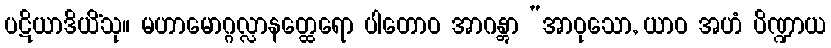
ပဋိယာဒိယိံသု။ မဟာမောဂ္ဂလ္လာနတ္ထေရော ပါတောဝ အာဂန္တွာ “အာဝုသော, ယာဝ အဟံ ပိဏ္ဍာယ